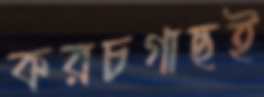
করচগাছই